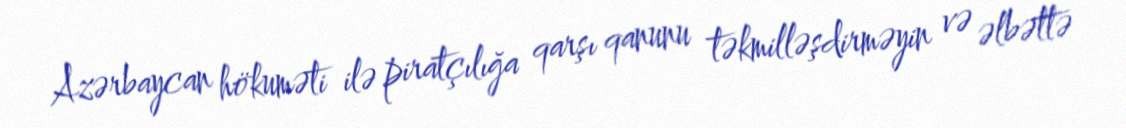
Azərbaycan hökuməti ilə piratçılığa qarşı qanunu təkmilləşdirməyin və əlbəttə